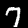
Digit: 7